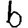
Digit: 6